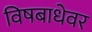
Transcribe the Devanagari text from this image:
विषबाधेवर